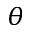
\theta